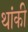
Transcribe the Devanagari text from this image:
थांकी